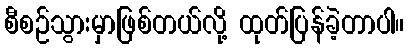
စီစဉ်သွားမှာဖြစ်တယ်လို့ ထုတ်ပြန်ခဲ့တာပါ။